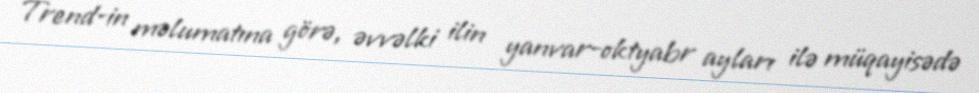
Trend-in məlumatına görə, əvvəlki ilin yanvar-oktyabr ayları ilə müqayisədə